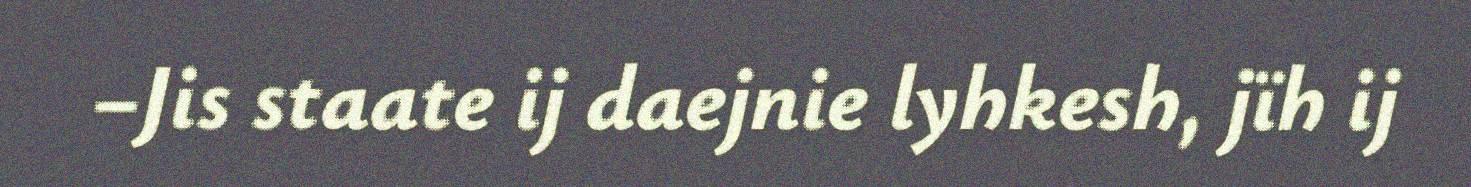
–Jis staate ij daejnie lyhkesh, jïh ij